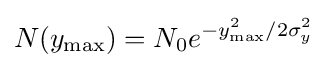
N(y_{\max })=N_{0}e^{-y_{\max }^{2}/2\sigma _{y}^{2}}